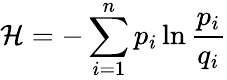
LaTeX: \mathcal{H}=-\sum_{i=1}^{n}{p_{i}\ln\frac{{p_{i}}}{{q_{i}}}}